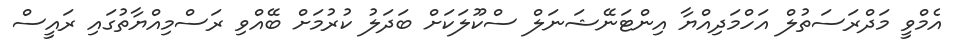
އެމްވީ މަދްރަސަތުލް އަހްމަދިއްޔާ އިންޓަނޭޝަނަލް ސްކޫލަކަށް ބަދަލު ކުރުމަށް ބޭއްވި ރަސްމިއްޔާތުގައި ރައީސް